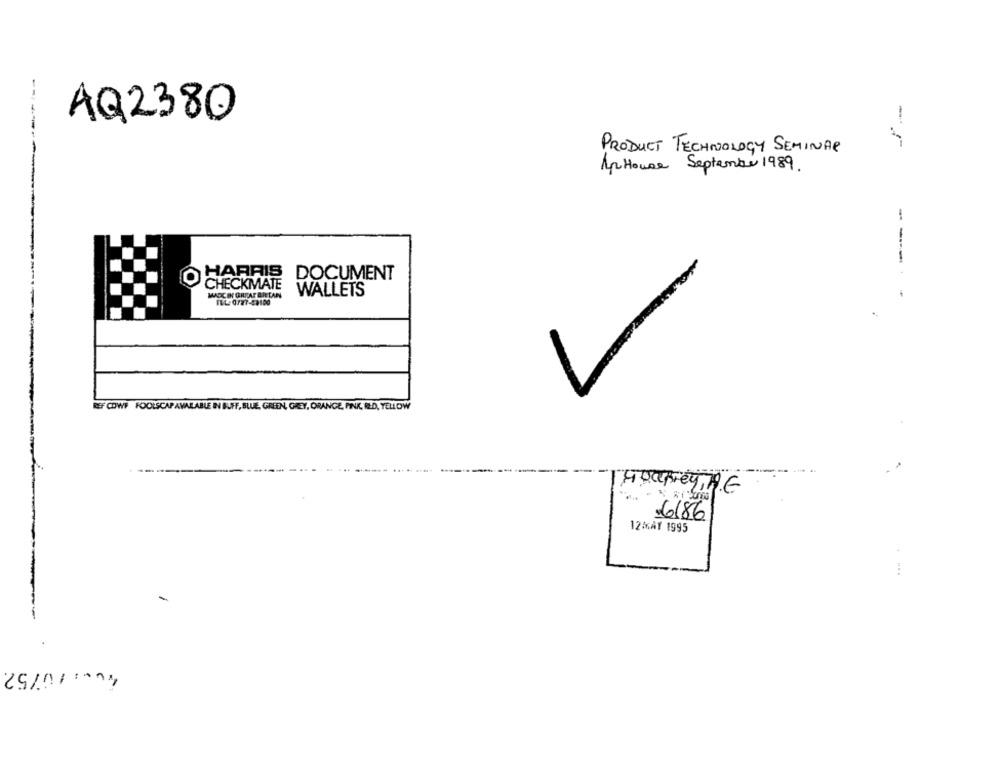
AQ2380
= =
PRODUCT TECHNOLOGY SEMINAR
Ap House September 1989.
O HARRIS DOCUMENT
----
CHECKMATE
MARCIN GREAT BRETAN
WALLETS
REF COWF FOOLSCAP AVAILABLE IN BUFF, BLUE, GREEN, GREY, ORANGE, PINK, RED, YELLOW
HoupreyTHE
6186
12MAY 1995
-
40.1 10/52.